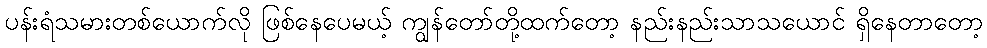
ပန်းရံသမားတစ်ယောက်လို ဖြစ်နေပေမယ့် ကျွန်တော်တို့ထက်တော့ နည်းနည်းသာသယောင် ရှိနေတာတော့